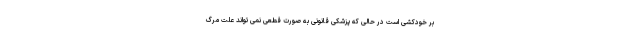
بر خودکشی است در حالی که پزشکی قانونی به صورت قطعی نمی تواند علت مرگ